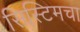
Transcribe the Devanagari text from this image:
सिस्टिमचा